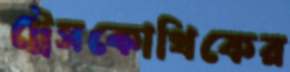
ট্রেসকোথিকের